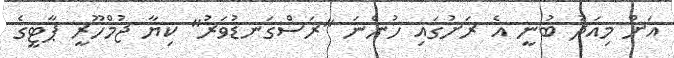
އަށް މިއަދު ބުނީ އެ ރަށުގައި ހުންނަ "ރަސްގަނޑުވަރު" ކިޔާ ޖުމްހޫރީ ޕާޓީގެ